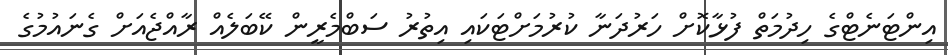
އިންޓަނެޓްގެ ހިދުމަތް ފުޅާކޮށް ހަރުދަނާ ކުރުމަށްޓަކައި އިތުރު ސަބްމެރީން ކޭބަލެއް ރާއްޖެއަށް ގެނައުމުގެ